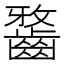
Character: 𪘯